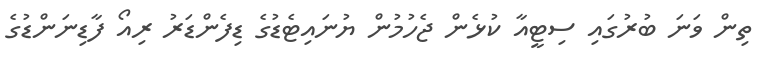
ތިން ވަނަ ބުރުގައި ސިޓީއާ ކުޅެން ޖެހުމުން ޔުނައިޓެޑުގެ ޑިފެންޑަރު ރިއޯ ފާޑިނަންޑުގެ